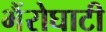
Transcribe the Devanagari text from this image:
भैंरोघाटी